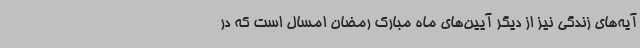
آیه‌های زندگی نیز از دیگر آیین‌های ماه مبارک رمضان امسال است که در